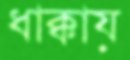
ধাক্কায়